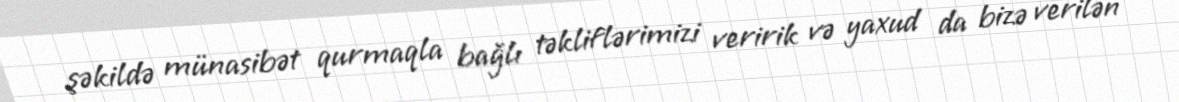
şəkildə münasibət qurmaqla bağlı təkliflərimizi veririk və yaxud da bizə verilən